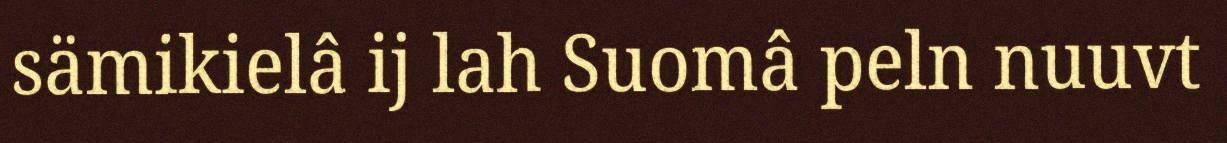
sämikielâ ij lah Suomâ peln nuuvt